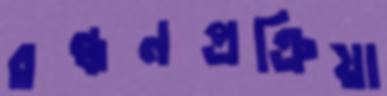
রন্ধনপ্রক্রিয়া